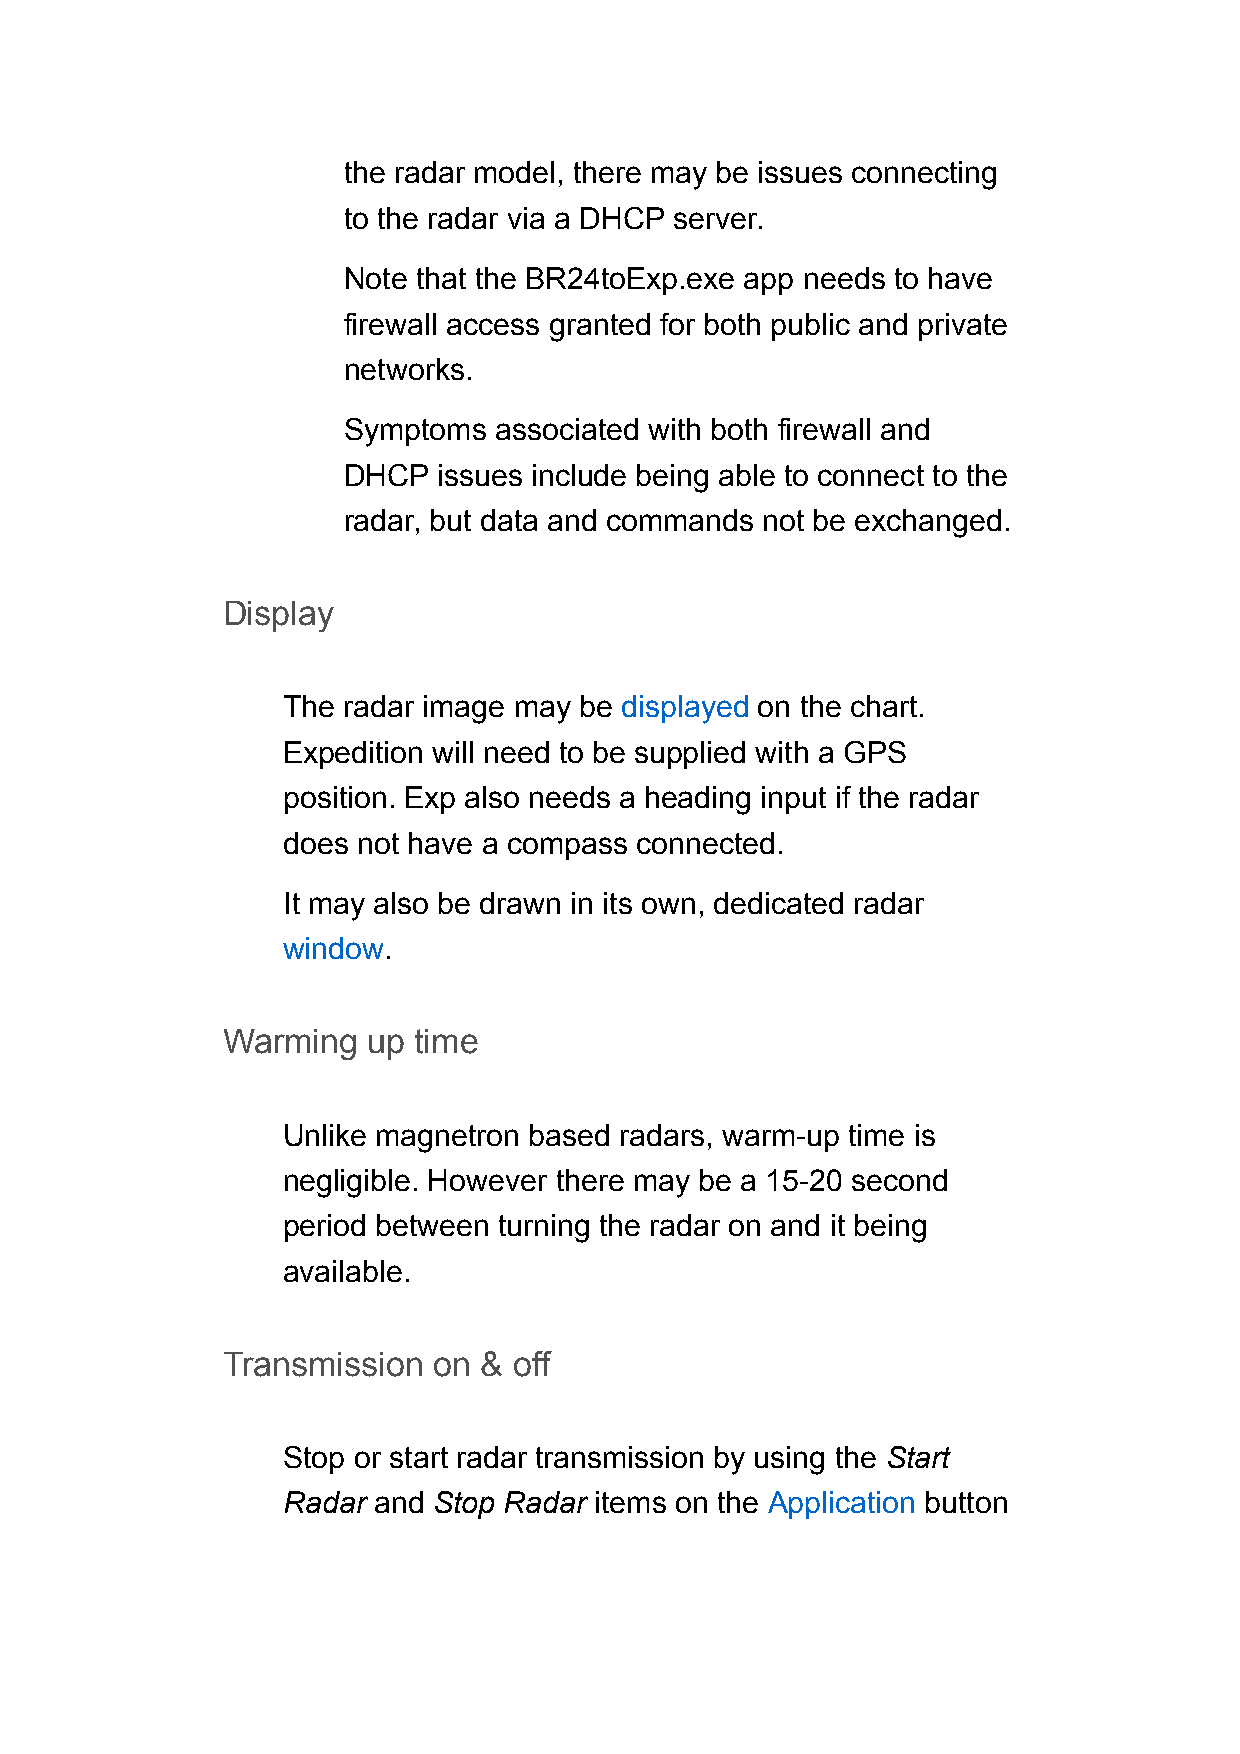
the radar model, there may be issues connecting
 to the radar via a DHCP server.
 Note that the BR24toExp.exe app needs to have
 firewall access granted for both public and private
 networks.
 Symptoms  associated with both firewall and
 DHCP  issues include being able to connect to the
 radar, but data and commands not be exchanged.
 Display
 The radar image may be displayed on the chart.
 Expedition will need to be supplied with a GPS
 position. Exp also needs a heading input if the radar
 does not have a compass connected.
 It may also be drawn in its own, dedicated radar
 window.
 Warming  up time
 Unlike magnetron based radars, warm-up time is
 negligible. However there may be a 15-20 second
 period between turning the radar on and it being
 available.
 Transmission  on & off
 Stop or start radar transmission by using the Start
 Radar and Stop Radar items on the Application button